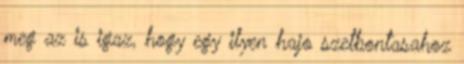
meg az is igaz, hogy egy ilyen hajo szetbontasahoz